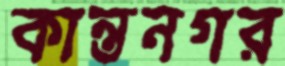
কান্তনগর